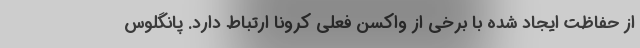
از حفاظت ایجاد شده با برخی از واکسن فعلی کرونا ارتباط دارد. پانگلوس